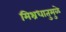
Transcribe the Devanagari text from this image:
मिश्रधातुमुळे